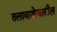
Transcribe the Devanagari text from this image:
तलावाशेजारील